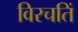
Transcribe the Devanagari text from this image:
विरचतिं